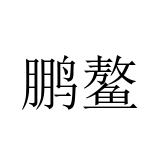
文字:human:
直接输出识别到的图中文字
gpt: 鹏鳌